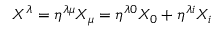
X ^ { \lambda } = \eta ^ { \lambda \mu } X _ { \mu } = \eta ^ { \lambda 0 } X _ { 0 } + \eta ^ { \lambda i } X _ { i }